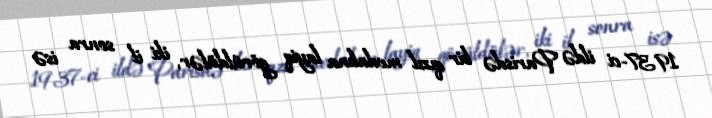
1937-ci ildə Parisdə bir qızıl medalına layiq görüldülər, iki il sonra isə